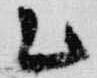
乙